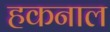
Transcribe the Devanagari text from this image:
हकनाल